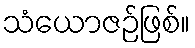
သံယောဇဉ်ဖြစ်။